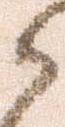
ら